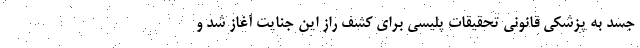
جسد به پزشکی قانونی تحقیقات پلیسی برای کشف راز این جنایت آغاز شد و